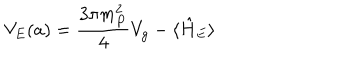
V _ { E } ( a ) = \frac { 3 \pi m _ { P } ^ { 2 } } { 4 } V _ { g } - \langle \hat { H } _ { E } \rangle